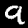
Digit: 9